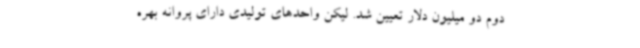
دوم دو میلیون دلار تعیین شد. لیکن واحدهای تولیدی دارای پروانه بهره